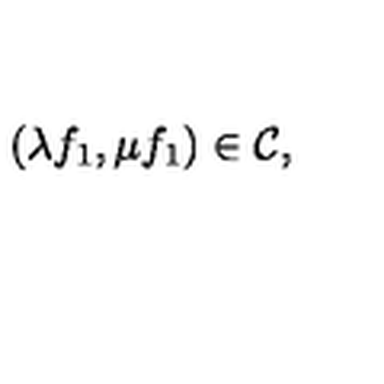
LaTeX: ( \lambda f _ { 1 } , \mu f _ { 1 } ) \in { \cal C } ,